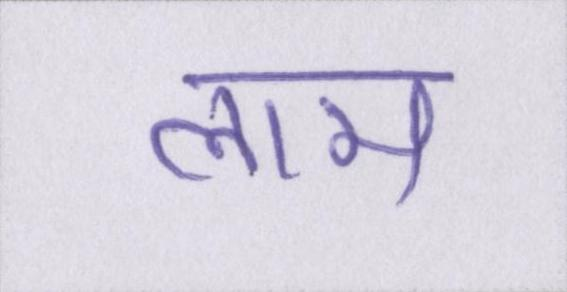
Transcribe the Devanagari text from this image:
लाम